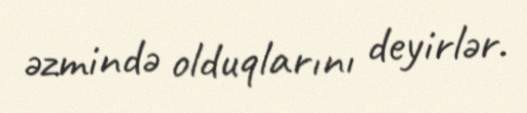
əzmində olduqlarını deyirlər.